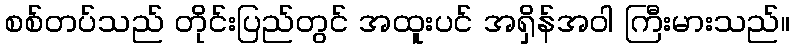
စစ်တပ်သည် တိုင်းပြည်တွင် အထူးပင် အရှိန်အဝါ ကြီးမားသည်။